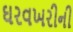
ઘરવખરીની